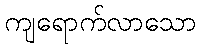
ကျရောက်လာသော